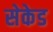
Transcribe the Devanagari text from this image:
सेकेड